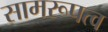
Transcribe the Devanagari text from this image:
सामरूपत्व